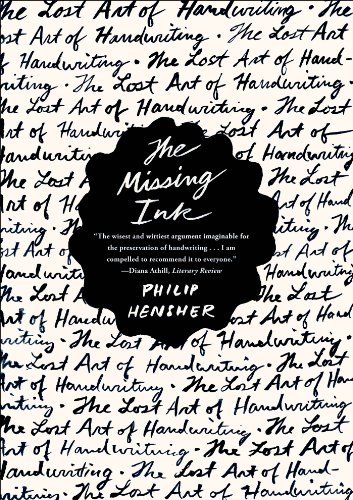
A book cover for The Missing Ink: The Lost Art of Handwriting; Philip Hensher; Arts & Photography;